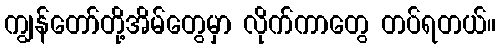
ကျွန်တော်တို့အိမ်တွေမှာ လိုက်ကာတွေ တပ်ရတယ်။